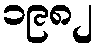
၁၉၈၂